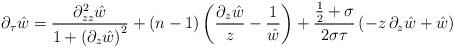
LaTeX: \begin{align*}\partial_{\tau}\hat{w}=\frac{\partial_{zz}^{2}\hat{w}}{1+\left(\partial_{z}\hat{w}\right)^{2}}+\left(n-1\right)\left(\frac{\partial_{z}\hat{w}}{z}-\frac{1}{\hat{w}}\right)+\frac{\frac{1}{2}+\sigma}{2\sigma\tau}\left(-z\,\partial_{z}\hat{w}+\hat{w}\right)\end{align*}